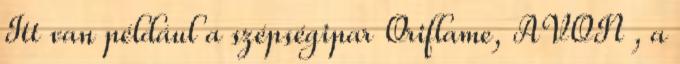
Itt van például a szépségipar Oriflame, AVON , a